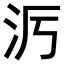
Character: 𪵭